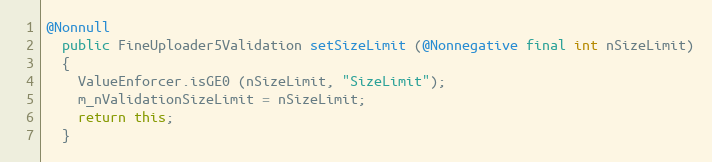
Language: Java
@Nonnull
  public FineUploader5Validation setSizeLimit (@Nonnegative final int nSizeLimit)
  {
    ValueEnforcer.isGE0 (nSizeLimit, "SizeLimit");
    m_nValidationSizeLimit = nSizeLimit;
    return this;
  }